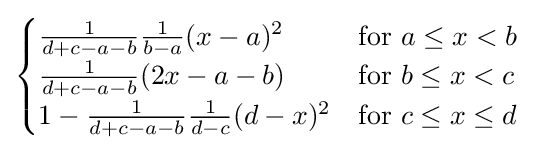
{\begin{cases}{\frac {1}{d+c-a-b}}{\frac {1}{b-a}}(x-a)^{2}&{\text{for }}a\leq x<b\\{\frac {1}{d+c-a-b}}(2x-a-b)&{\text{for }}b\leq x<c\\1-{\frac {1}{d+c-a-b}}{\frac {1}{d-c}}(d-x)^{2}&{\text{for }}c\leq x\leq d\end{cases}}